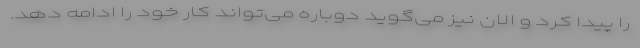
را پیدا کرد و الان نیز می‌گوید دوباره می‌تواند کار خود را ادامه دهد.